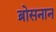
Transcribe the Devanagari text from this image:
ब्रोसनान